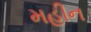
મહીન